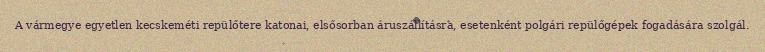
A vármegye egyetlen kecskeméti repülőtere katonai, elsősorban áruszállításra, esetenként polgári repülőgépek fogadására szolgál.